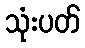
သုံးပတ်